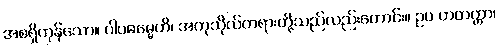
အစရှိကုန်သော။ ပါပဓမ္မေဟိ၊ အကုသိုလ်တရားတို့သည်လည်းကောင်း။ ဥပ ဟတတ္တာ၊